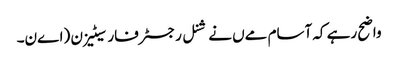
واضح رہے کہ آسام مےں نےشنل رجسٹر فار سیٹیزن (اےن۔